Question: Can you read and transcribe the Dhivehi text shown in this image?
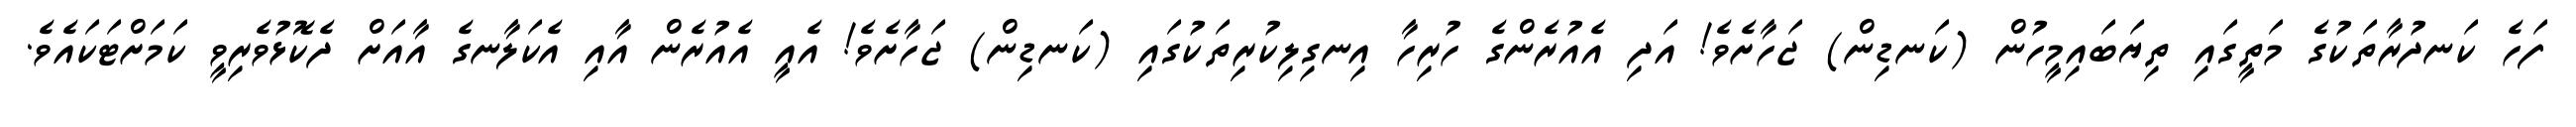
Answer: ފަހެ ކަނދުރާތަކުގެ މަތީގައި ތިޔަބައިމީހުން (ކަނޑިން) ޖަހާށެވެ! އަދި އެއުރެންގެ ހުރިހާ އިނގިލިކުރިތަކުގައި (ކަނޑިން) ޖަހާށެވެ! އެއީ އެއުރެން އާއި އެކަލާނގެ އާއަށް ދެކޮޅުވެރިވީ ކަމަށްޓަކައެވެ.